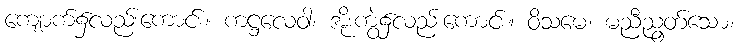
ကျောက်၌လည်းကောင်း။ ကဋ္ဌလေဝါ၊ အိုးကွဲ၌လည်းကောင်း။ ဝိသမေ၊ မညီညွတ်သော။